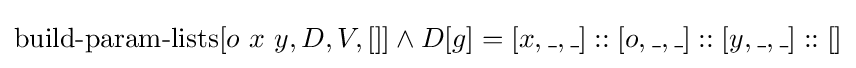
\operatorname {build-param-lists} [o\ x\ y,D,V,[]]\land D[g]=[x,\_,\_]::[o,\_,\_]::[y,\_,\_]::[]